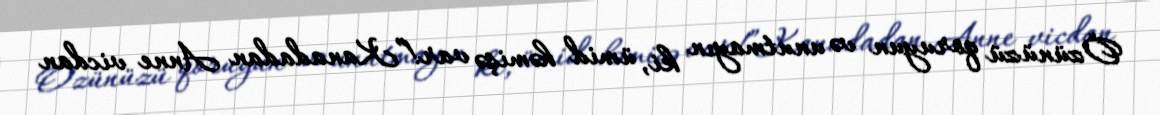
Özünüzü qoruyun və unutmayın ki, ümid həmişə var!”Kanadadan Anne vicdan